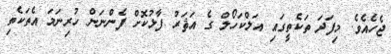
ޖެހެއެވެ. މިފަދަ ތަކެތީގައި އަލްކަހޯލް ގެ އަޘަރު ފާޅުކޮށް ފެންނަން ހުރިނަމަ އެތަކެތި